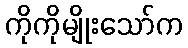
ကိုကိုမျိုးသော်က